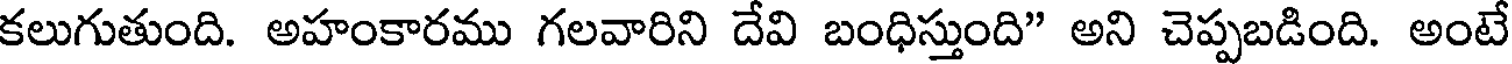
కలుగుతుంది. అహంకారము గలవారిని దేవి బంధిస్తుంది" అని చెప్పబడింది. అంటే